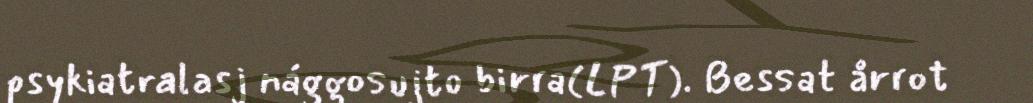
psykiatralasj nággosujto birra(LPT). Bessat årrot